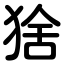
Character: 猞